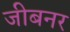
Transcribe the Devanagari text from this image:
जीबनर